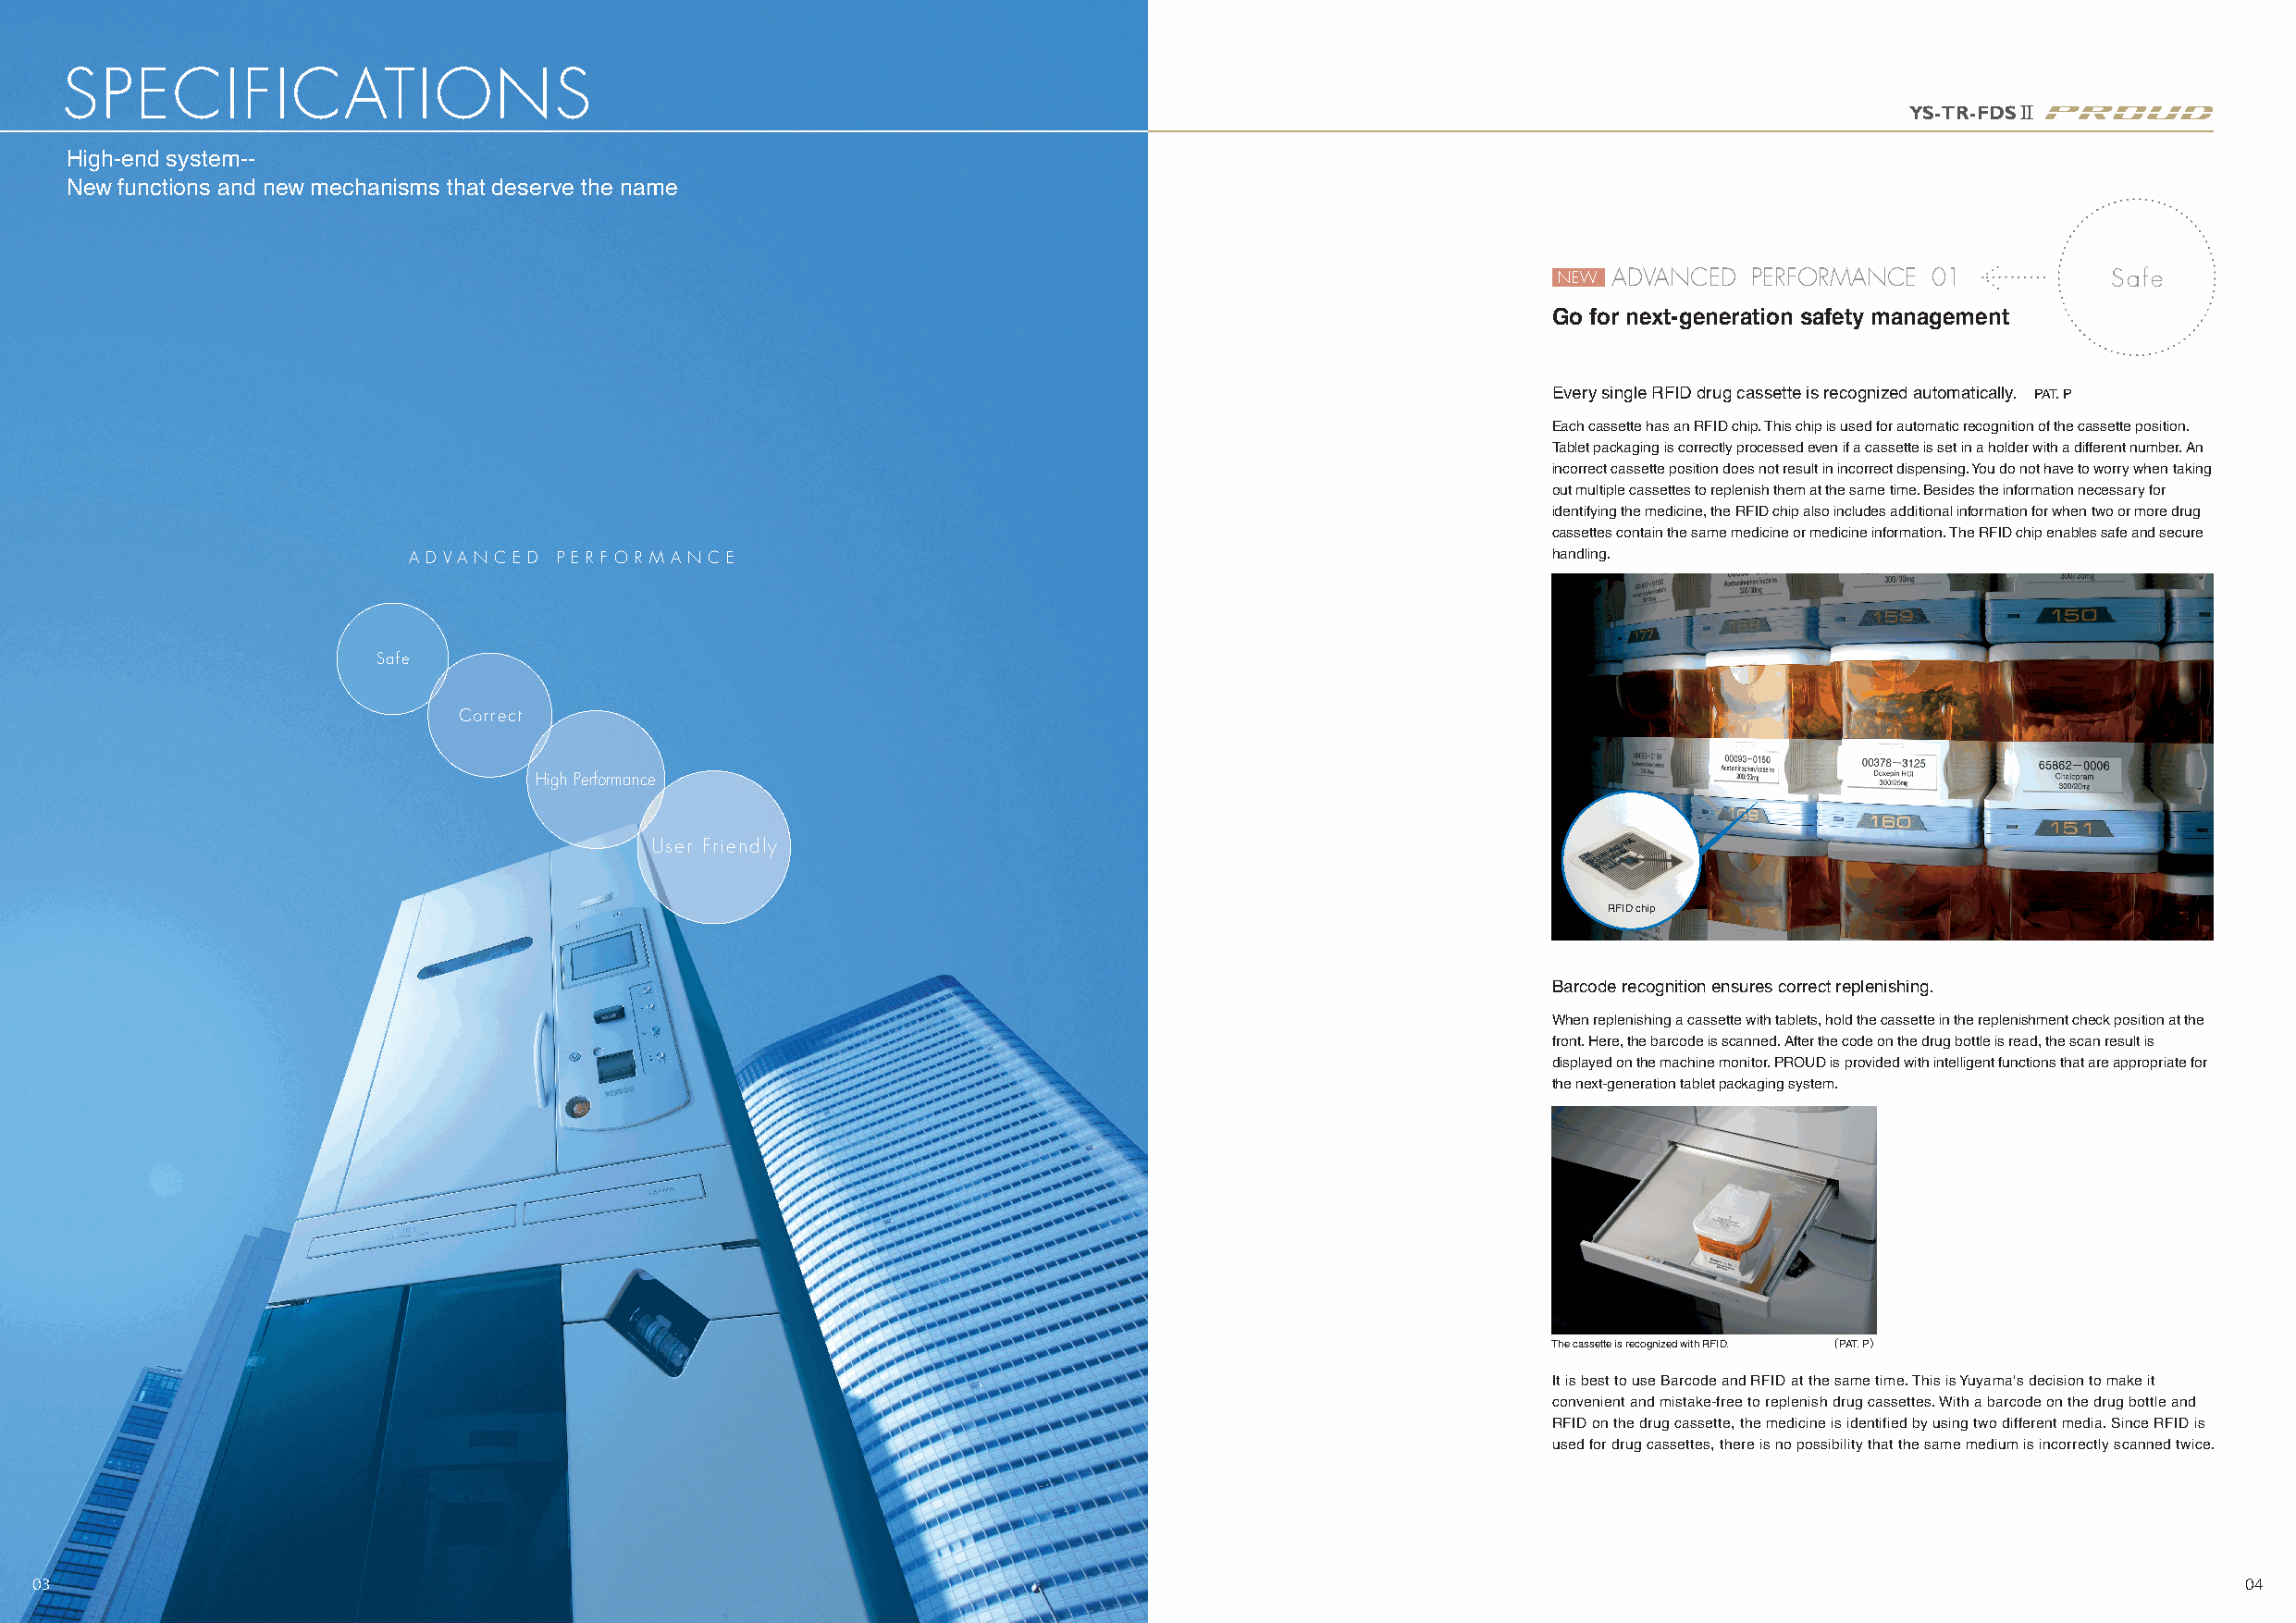
SPECIFICATIONS
 YS-TR-FDSII
 High-end system--
 New functions and new mechanisms that deserve the name
 NEW ADVANCED  PERFORMANCE  01           Safe
 Go for next-generation safety management
 Every single RFID drug cassette is recognized automatically. PAT. P
 Each cassette has an RFID chip. This chip is used for automatic recognition of the cassette position.
 Tablet packaging is correctly processed even if a cassette is set in a holder with a different number. An
 incorrect cassette position does not result in incorrect dispensing. You do not have to worry when taking
 out multiple cassettes to replenish them at the same time. Besides the information necessary for
 identifying the medicine, the RFID chip also includes additional information for when two or more drug
 cassettes contain the same medicine or medicine information. The RFID chip enables safe and secure
 A D VA N C E D P E R F O R M A N C E                                              handling.
 Safe
 Correct
 High Performance
 User Friendly
 RFID chip
 Barcode recognition ensures correct replenishing.
 When replenishing a cassette with tablets, hold the cassette in the replenishment check position at the
 front. Here, the barcode is scanned. After the code on the drug bottle is read, the scan result is
 displayed on the machine monitor. PROUD is provided with intelligent functions that are appropriate for
 the next-generation tablet packaging system.
 The cassette is recognized with RFID. （PAT. P）
 It is best to use Barcode and RFID at the same time. This is Yuyama's decision to make it
 convenient and mistake-free to replenish drug cassettes. With a barcode on the drug bottle and
 RFID on the drug cassette, the medicine is identified by using two different media. Since RFID is
 used for drug cassettes, there is no possibility that the same medium is incorrectly scanned twice.
 03                                                                                                                                                             04